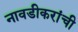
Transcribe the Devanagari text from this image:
नावडीकरांची